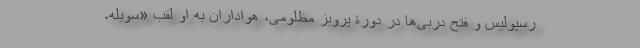
رسپولیس و فتح دربی‌ها در دورۀ پرویز مظلومی، هواداران به او لقب «سوبله،